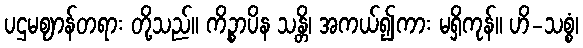
ပဌမဈာန်တရား တို့သည်။ ကိဉ္စာပိန သန္တိ၊ အကယ်၍ကား မရှိကုန်။ ဟိ-သစ္စံ၊